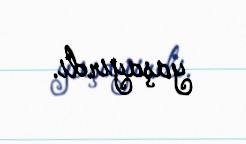
yaşayırdı.